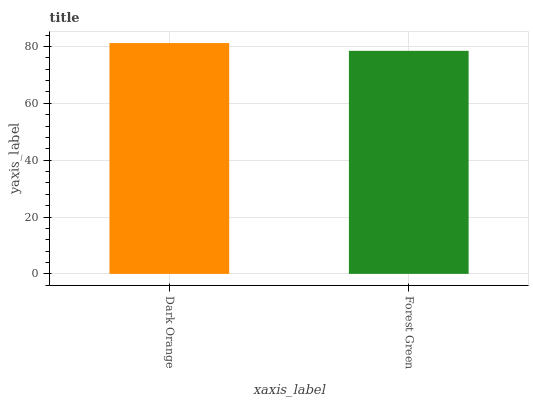
| xaxis_label | bars |
 | --- | --- |
 | Dark Orange | 81.2 |
 | Forest Green | 78.5 |